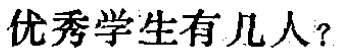
优秀学生有几人？